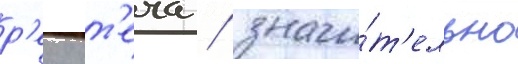
р'еку т'еча / значи́т'ельно